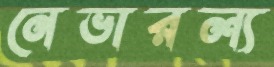
নেভারল্য